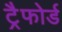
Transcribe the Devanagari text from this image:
ट्रैफोर्ड